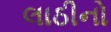
લાઠીનો